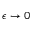
\epsilon \to 0